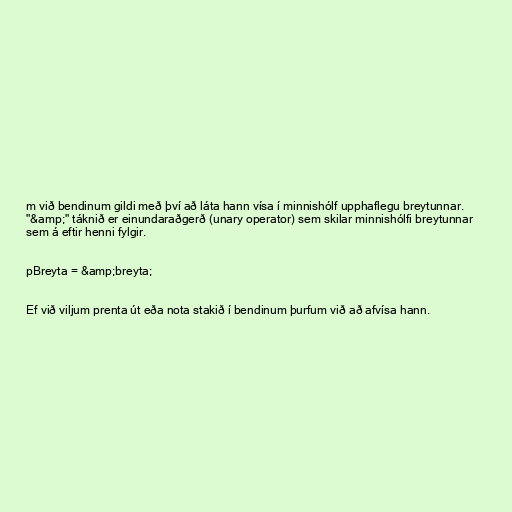
m við bendinum gildi með því að láta hann vísa í minnishólf upphaflegu breytunnar.
"&amp;" táknið er einundaraðgerð (unary operator) sem skilar minnishólfi breytunnar
sem á eftir henni fylgir.

pBreyta = &amp;breyta;

Ef við viljum prenta út eða nota stakið í bendinum þurfum við að afvísa hann.